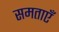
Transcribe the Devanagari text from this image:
समताएँ